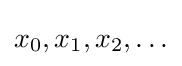
x_{0},x_{1},x_{2},\ldots